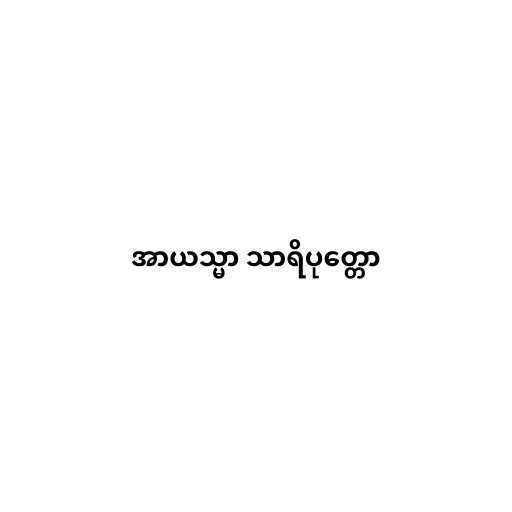
အာယသ္မာ သာရိပုတ္တော